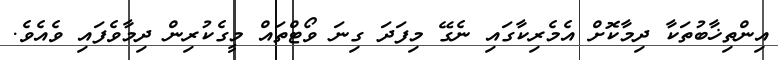
އިންތިޚާބުތަކާ ދިމާކޮށް އެމެރިކާގައި ނެގޭ މިފަދަ ގިނަ ވޯޓްތައް މީގެކުރިން ދިމާވެފައި ވެއެވެ.